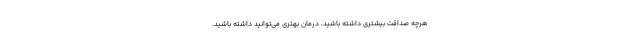
هرچه صداقت بیشتری داشته باشید، درمان بهتری می‌توانید داشته باشید.